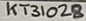
Text: KT31028